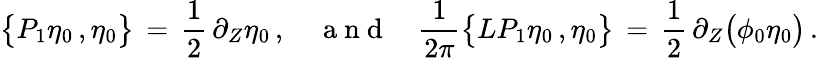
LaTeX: \bigl\{ P_{1}\eta_{0}\, ,\eta_{0}\bigr\} \, =\, \frac 12\, \partial_{Z}\eta_{0}\, ,\quad\mathrm{~a~n~d~}\quad\frac{1}{2\pi}\bigl\{ LP_{1}\eta_{0}\, ,\eta_{0}\bigr\} \, =\, \frac{1}{2}\, \partial_{Z}\bigl(\phi_{0}\eta_{0}\bigr)\, .